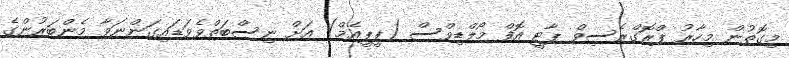
މިގޮތުން މިހާރު ޕްރޮގްރެސިވް ޕާޓީ އޮފް މޯލްޑިވްސް (ޕީޕީއެމް) އަށް ނިސްބަތްވެވަޑައިގަންނަވާ މެންބަރުންގެ